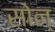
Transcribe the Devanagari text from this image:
सोन्